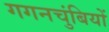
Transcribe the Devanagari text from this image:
गगनचुंबियों